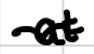
Text: at
Cross-out: wave
Writing tool: digital_black